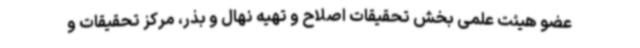
عضو هیئت علمی بخش تحقیقات اصلاح و تهیه نهال و بذر، مرکز تحقیقات و